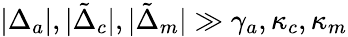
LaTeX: |\Delta_{a}|,|\tilde{\Delta}_{c}|,|\tilde{\Delta}_{m}|\gg\gamma_{a},\kappa_{c},\kappa_{m}